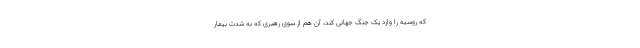
که روسیه را وارد یک جنگ جهانی کند، آن هم از سوی رهبری که به شدت بیمار